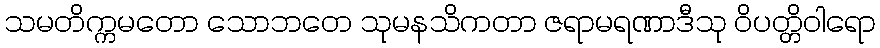
သမတိက္ကမတော သောဘတေ သုမနသိကတာ ဇရာမရဏာဒီသု ဝိပတ္တိဝါရော